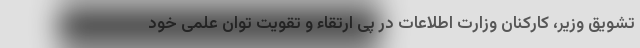
تشویق وزیر، کارکنان وزارت اطلاعات در پی ارتقاء و تقویت توان علمی خود